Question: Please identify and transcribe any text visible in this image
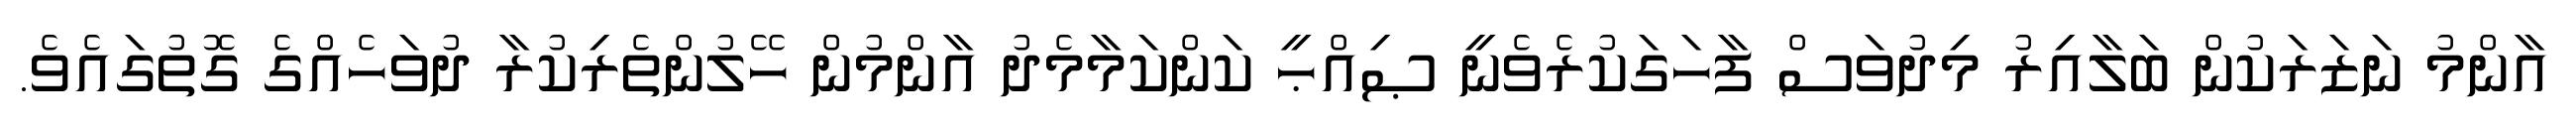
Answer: އާންމު ނަޒަރަކުން ބަލާއިރު މިދުވަސް ފާހަގަކުރެވެނީ ޞިއްޙީ ކަންކަމާމެދު އާންމުން ހޭލުންތެރިކުރާ ދުވަހެއްގެ ގޮތުގައެވެ.